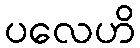
ပလေဟိ